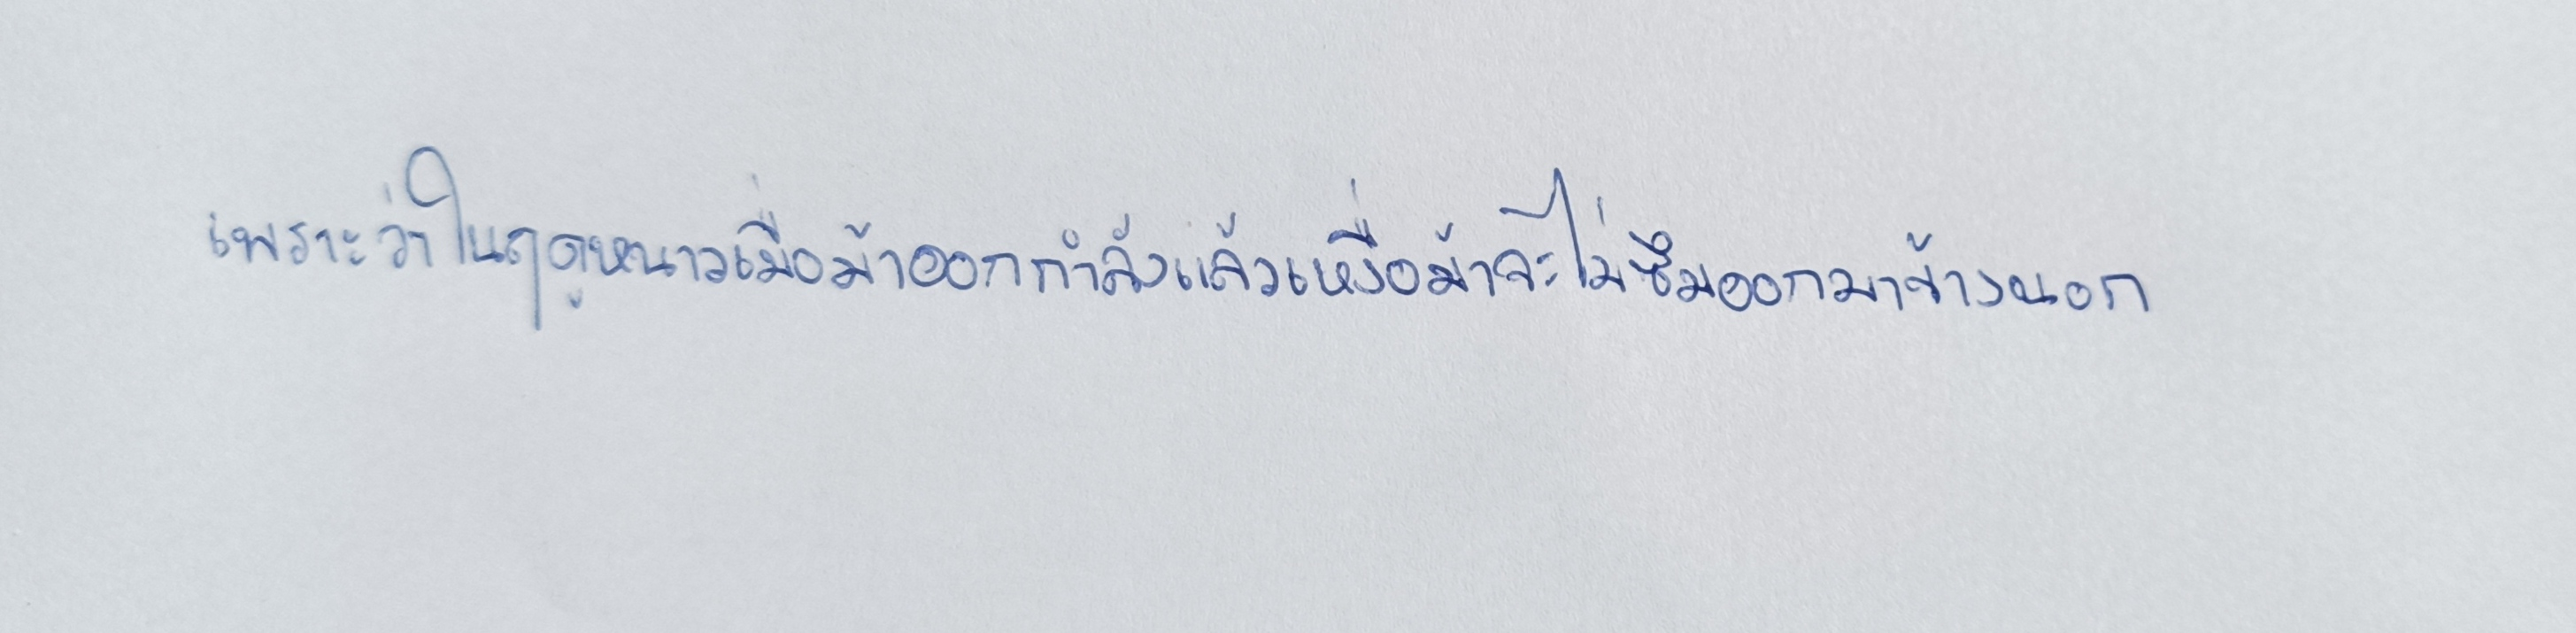
เพราะว่าในฤดูหนาวเมื่อม้าออกกำลังแล้วเหงื่อม้าจะไม่ซึมออกมาข้างนอก